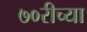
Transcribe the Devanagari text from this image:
७०रीच्या